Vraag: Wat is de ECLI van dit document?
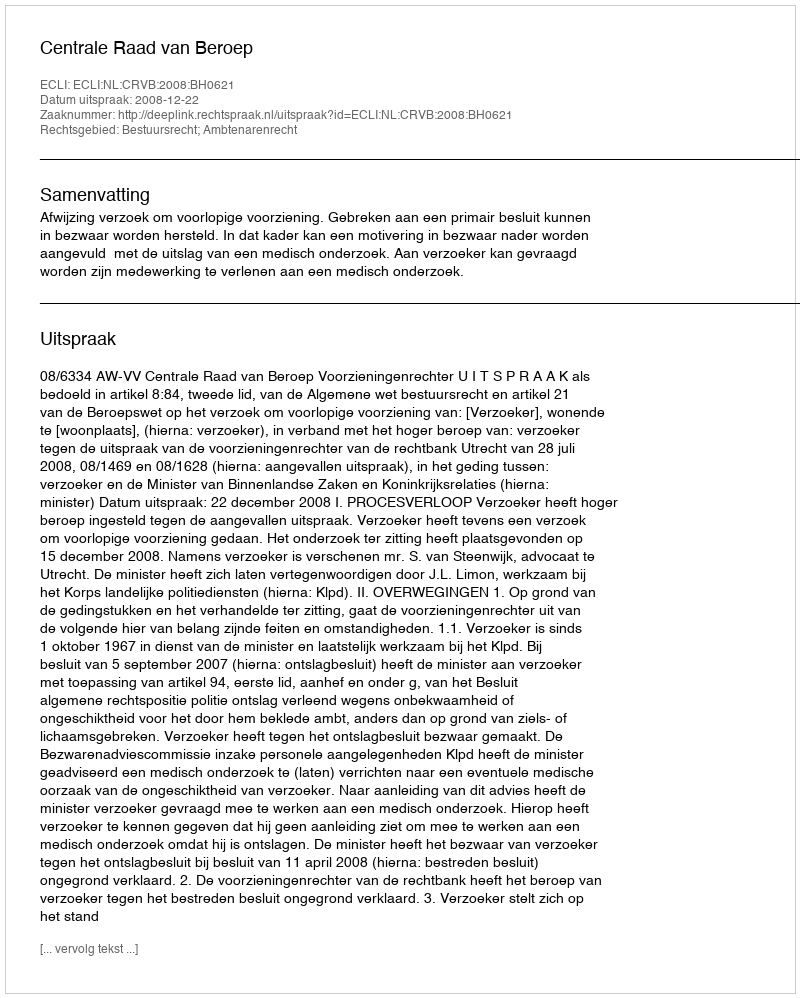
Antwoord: ECLI:NL:CRVB:2008:BH0621